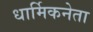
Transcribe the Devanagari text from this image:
धार्मिकनेता